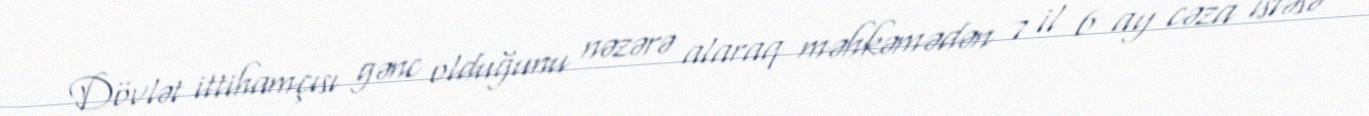
Dövlət ittihamçısı gənc olduğunu nəzərə alaraq məhkəmədən 7 il 6 ay cəza istəsə